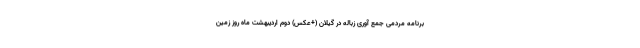
برنامه مردمی جمع آوری زباله در گیلان (+عکس) دوم اردیبهشت ماه روز زمین